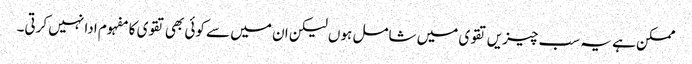
ممکن ہے یہ سب چیزیں تقوی میں شامل ہوں لیکن ان میں سے کوئی بھی تقوی کا مفہوم ادا نہیں کرتی۔